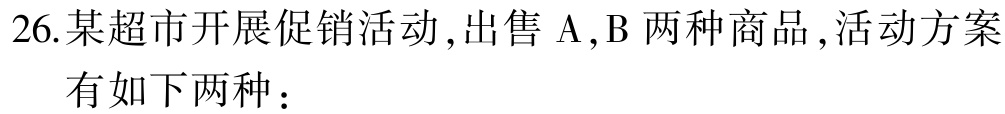
26.某超市开展促销活动,出售$\mathrm{A},\mathrm{B}$两种商品,活动方案

有如下两种：